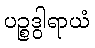
ပဉ္စဒွါရာယံ